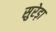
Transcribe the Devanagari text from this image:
सुरेड़ा